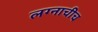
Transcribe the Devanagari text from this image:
लग्नाचीच